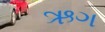
ઋગ